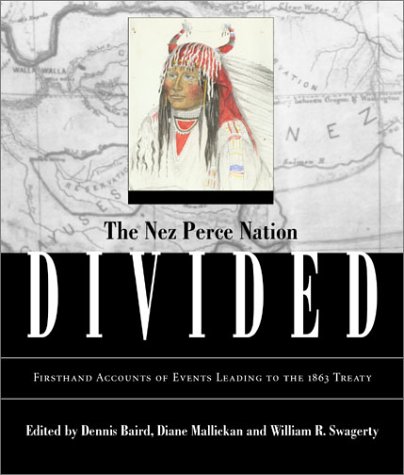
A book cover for Nez Perce Nation Divided (Voices from Nez Perce Country); Dennis Baird; Law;